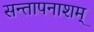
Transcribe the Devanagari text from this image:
सन्तापनाशम्